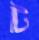
ট